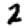
Digit: 2